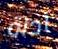
آداة